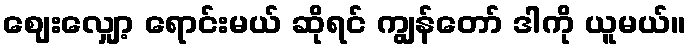
ဈေးလျှော့ ရောင်းမယ် ဆိုရင် ကျွန်တော် ဒါကို ယူမယ်။